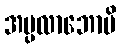
အပ္ပလာဘောပိ